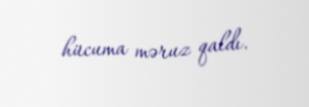
hücuma məruz qaldı.